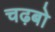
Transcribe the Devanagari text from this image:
चढ़बो